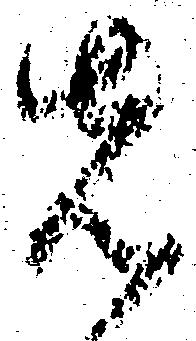
先